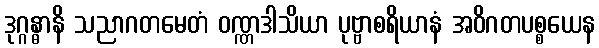
ဒုဂ္ဂန္ဓာနိ သညာဂတမေတံ ဝဏ္ဏဒါသိယာ ပုဗ္ဗာစရိယာနံ အဝိဂတပစ္စယေန